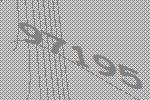
97195